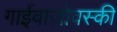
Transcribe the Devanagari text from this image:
गाईवाज़ोवस्की